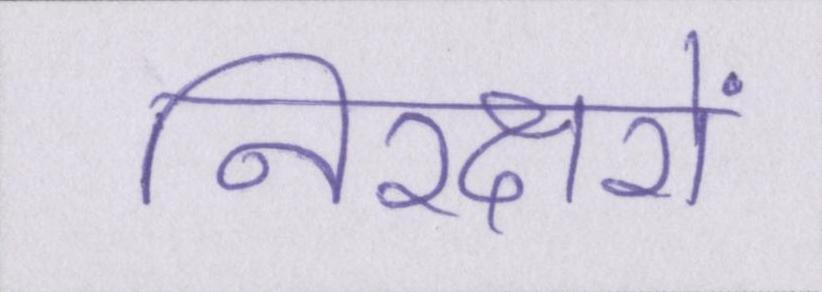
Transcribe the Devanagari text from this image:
निरक्षरों